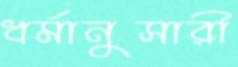
ধর্মানুসারী